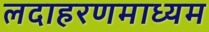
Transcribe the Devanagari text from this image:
लदाहरणमाध्यम